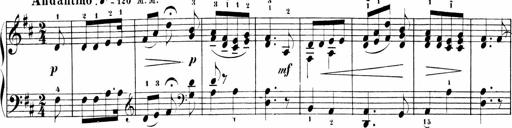
Title: Sonatinas
Composer: Andrew Violette